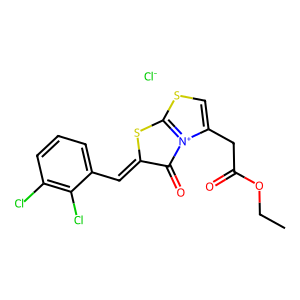
SMILES: CCOC(=O)Cc1csc2[n+]1C(=O)C(=Cc1cccc(Cl)c1Cl)S2.[Cl-]
Inhibits HIV replication: No